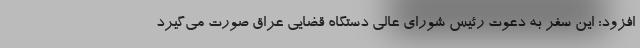
افزود: این سفر به دعوت رئیس شورای عالی دستگاه قضایی عراق صورت می‌گیرد